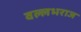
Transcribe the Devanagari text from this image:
वल्लभराज